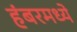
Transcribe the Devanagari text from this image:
हंबरमध्ये